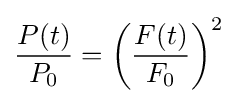
{\frac {P(t)}{P_{0}}}=\left({\frac {F(t)}{F_{0}}}\right)^{2}